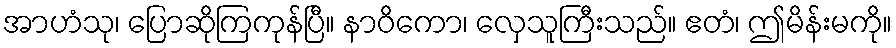
အာဟံသု၊ ပြောဆိုကြကုန်ပြီ။ နာဝိကော၊ လှေသူကြီးသည်။ ဧတံ၊ ဤမိန်းမကို။